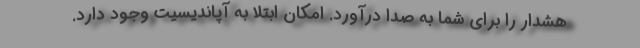
هشدار را برای شما به صدا درآورد. امکان ابتلا به آپاندیسیت وجود دارد.